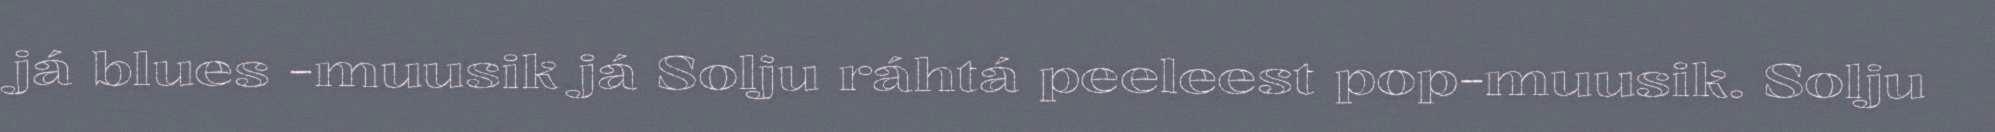
já blues -muusik já Solju ráhtá peeleest pop-muusik. Solju